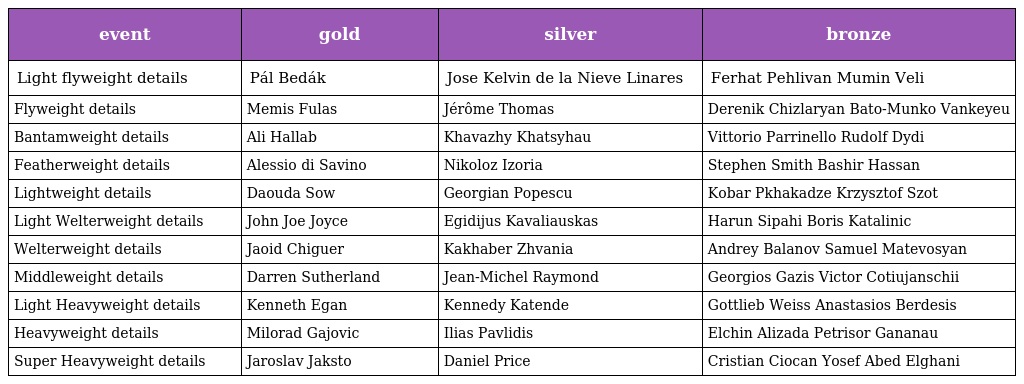
| event | gold | silver | bronze |
 | --- | --- | --- | --- |
 | Light flyweight details | Pál Bedák | Jose Kelvin de la Nieve Linares | Ferhat Pehlivan Mumin Veli |
 | Flyweight details | Memis Fulas | Jérôme Thomas | Derenik Chizlaryan Bato-Munko Vankeyeu |
 | Bantamweight details | Ali Hallab | Khavazhy Khatsyhau | Vittorio Parrinello Rudolf Dydi |
 | Featherweight details | Alessio di Savino | Nikoloz Izoria | Stephen Smith Bashir Hassan |
 | Lightweight details | Daouda Sow | Georgian Popescu | Kobar Pkhakadze Krzysztof Szot |
 | Light Welterweight details | John Joe Joyce | Egidijus Kavaliauskas | Harun Sipahi Boris Katalinic |
 | Welterweight details | Jaoid Chiguer | Kakhaber Zhvania | Andrey Balanov Samuel Matevosyan |
 | Middleweight details | Darren Sutherland | Jean-Michel Raymond | Georgios Gazis Victor Cotiujanschii |
 | Light Heavyweight details | Kenneth Egan | Kennedy Katende | Gottlieb Weiss Anastasios Berdesis |
 | Heavyweight details | Milorad Gajovic | Ilias Pavlidis | Elchin Alizada Petrisor Gananau |
 | Super Heavyweight details | Jaroslav Jaksto | Daniel Price | Cristian Ciocan Yosef Abed Elghani |